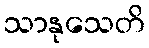
သာနုသေတိ